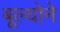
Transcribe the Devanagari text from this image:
बूल्योने